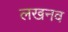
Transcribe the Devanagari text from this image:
लखनव